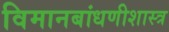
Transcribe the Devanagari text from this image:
विमानबांधणीशास्त्र